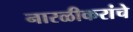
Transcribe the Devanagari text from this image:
नारळीकरांचे